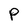
Character: P